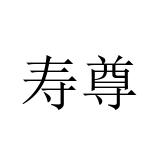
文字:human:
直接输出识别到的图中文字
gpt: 寿尊